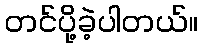
တင်ပို့ခဲ့ပါတယ်။